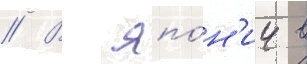
// В япо́н'ии в